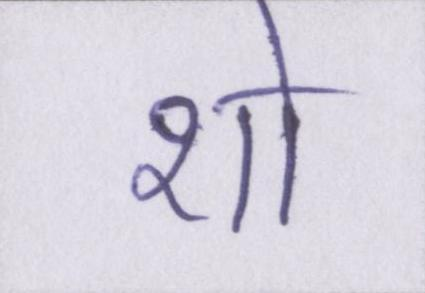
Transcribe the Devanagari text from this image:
शो